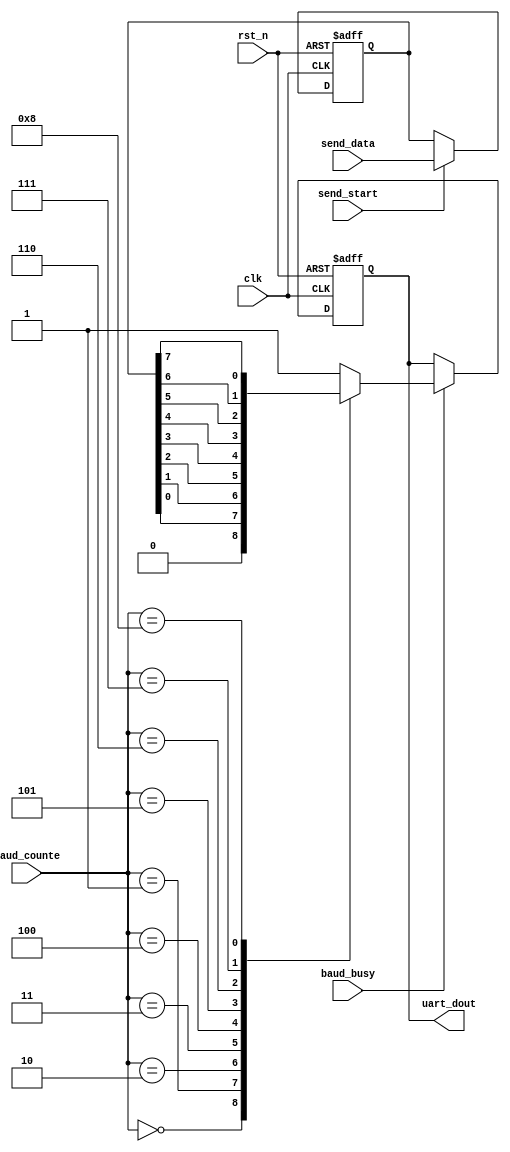
module uart_send (
	input clk,    // Clock
	input rst_n,  // Asynchronous reset active low

	input send_start,
	input baud_busy,

	input [3:0]baud_counte,

	input [7:0]send_data,
	output reg uart_dout
);

// lock data
reg [7:0]send_data_lock;
always @ (posedge clk or negedge rst_n) begin
	if(~rst_n) begin
		send_data_lock <= 'b0;
	end else if(send_start) begin
		send_data_lock <= send_data;
	end
end

// data flow
always @ (posedge clk or negedge rst_n) begin
	if(~rst_n) begin
		uart_dout <= 1'b1;
	end else if(baud_busy) begin
		case (baud_counte)
			4'd0:uart_dout <= 1'b0;
			4'd1:uart_dout <= send_data_lock[0];
			4'd2:uart_dout <= send_data_lock[1];
			4'd3:uart_dout <= send_data_lock[2];
			4'd4:uart_dout <= send_data_lock[3];
			4'd5:uart_dout <= send_data_lock[4];
			4'd6:uart_dout <= send_data_lock[5];
			4'd7:uart_dout <= send_data_lock[6];
			4'd8:uart_dout <= send_data_lock[7];
			default:uart_dout <= 1'b1;
		endcase
	end
end

endmodule